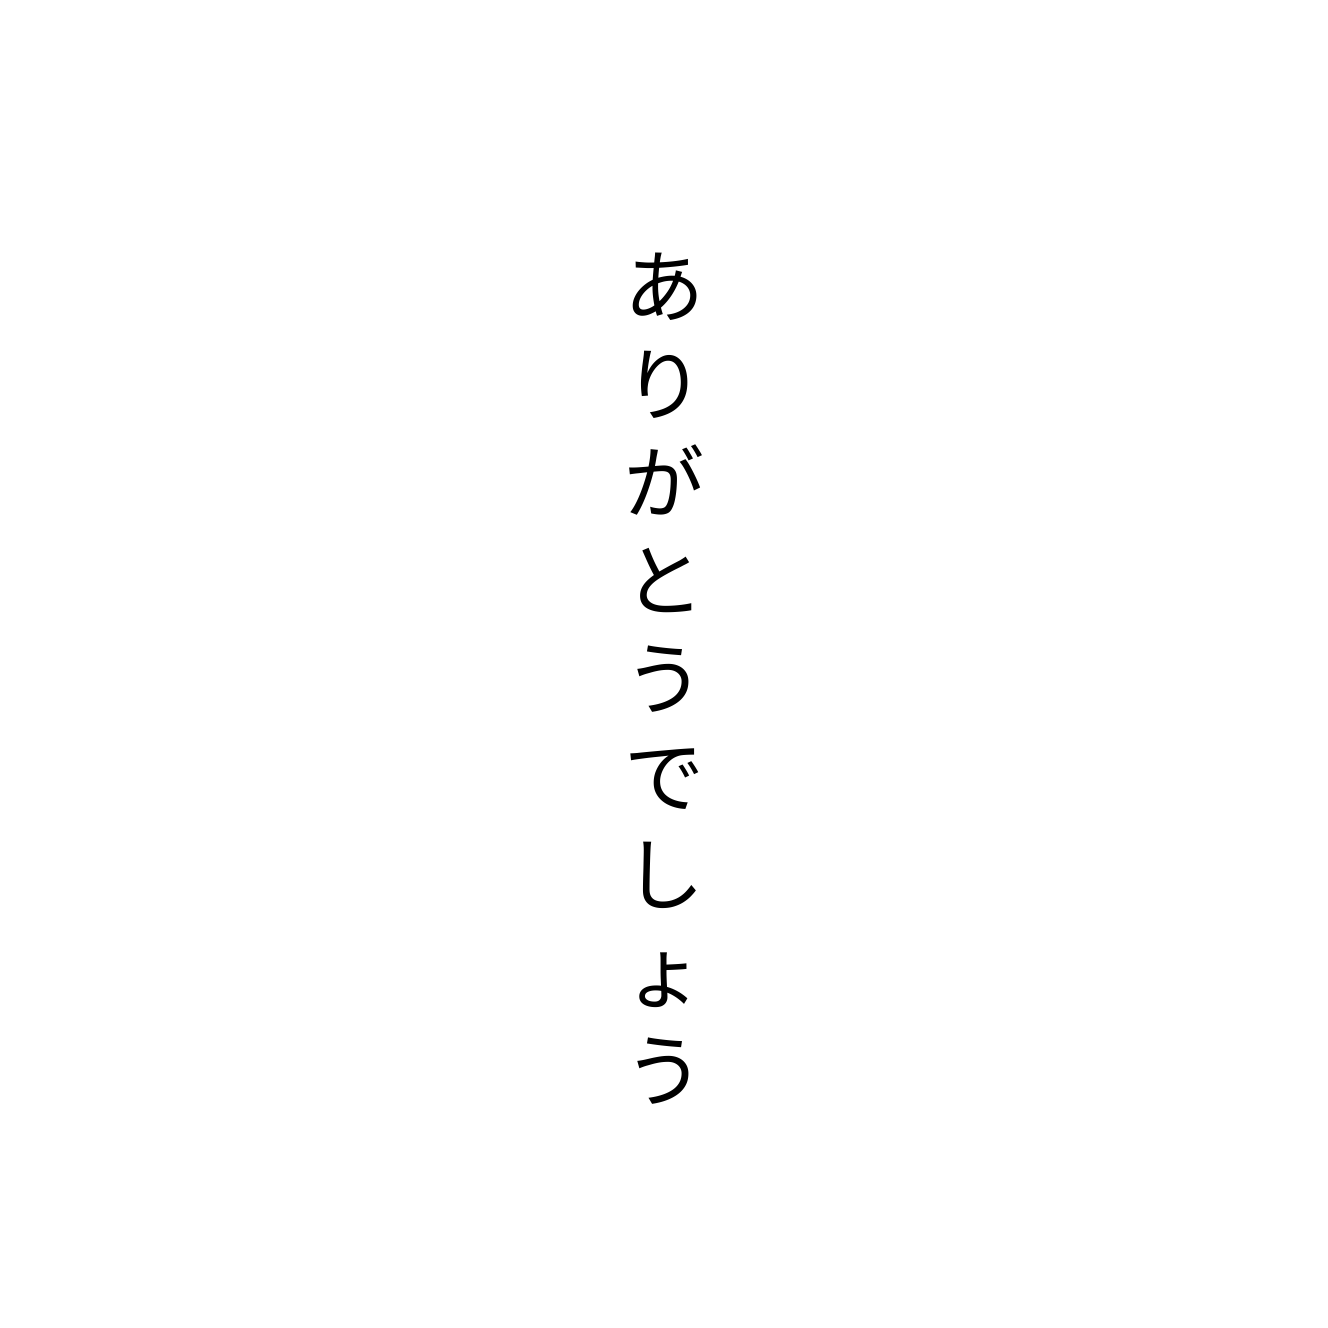
ありがとうでしょう